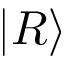
| R \rangle